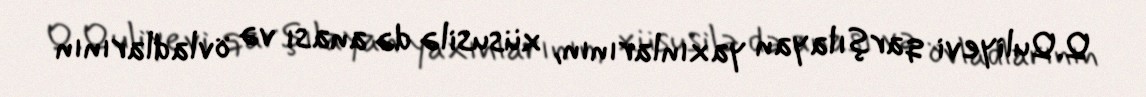
Q.Quliyevi qarşılayan yaxınlarının, xüsusilə də anası və övladlarının